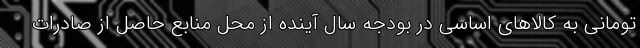
تومانی به کالاهای اساسی در بودجه سال آینده از محل منابع حاصل از صادرات